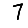
Digit: 7